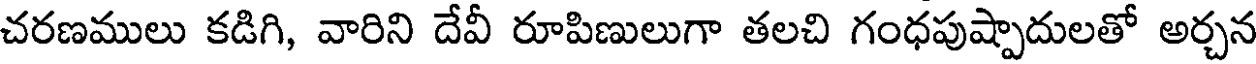
చరణములు కడిగి, వారిని దేవీ రూపిణులుగా తలచి గంధపుష్పాదులతో అర్చన